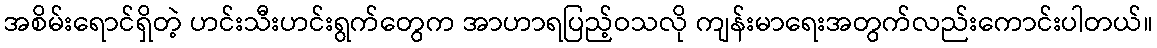
အစိမ်းရောင်ရှိတဲ့ ဟင်းသီးဟင်းရွက်တွေက အာဟာရပြည့်ဝသလို ကျန်းမာရေးအတွက်လည်းကောင်းပါတယ်။